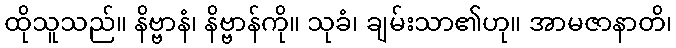
ထိုသူသည်။ နိဗ္ဗာနံ၊ နိဗ္ဗာန်ကို။ သုခံ၊ ချမ်းသာ၏ဟု။ အာမဇာနာတိ၊